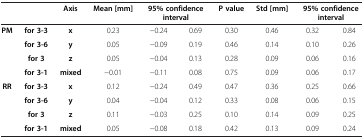
<table><thead><tr><td>[EMPTY_CELL]</td><td>[EMPTY_CELL]</td><td><b>Axis</b></td><td><b>Mean [mm]</b></td><td colspan="2"><b>95% confidence interval</b></td><td><b>P value</b></td><td><b>Std [mm]</b></td><td colspan="2"><b>95% confidence interval</b></td></tr></thead><tbody><tr><td><b>PM</b></td><td><b>for 3-3</b></td><td><b>x</b></td><td>0.23</td><td>−0.24</td><td>0.69</td><td>0.30</td><td>0.46</td><td>0.32</td><td>0.84</td></tr><tr><td>[EMPTY_CELL]</td><td><b>for 3-6</b></td><td><b>y</b></td><td>0.05</td><td>−0.09</td><td>0.19</td><td>0.46</td><td>0.14</td><td>0.10</td><td>0.26</td></tr><tr><td>[EMPTY_CELL]</td><td><b>for 3</b></td><td><b>z</b></td><td>0.05</td><td>−0.04</td><td>0.13</td><td>0.28</td><td>0.09</td><td>0.06</td><td>0.16</td></tr><tr><td>[EMPTY_CELL]</td><td><b>for 3-1</b></td><td><b>mixed</b></td><td>−0.01</td><td>−0.11</td><td>0.08</td><td>0.75</td><td>0.09</td><td>0.06</td><td>0.17</td></tr><tr><td><b>RR</b></td><td><b>for 3-3</b></td><td><b>x</b></td><td>0.12</td><td>−0.24</td><td>0.49</td><td>0.47</td><td>0.36</td><td>0.25</td><td>0.66</td></tr><tr><td>[EMPTY_CELL]</td><td><b>for 3-6</b></td><td><b>y</b></td><td>0.04</td><td>−0.04</td><td>0.12</td><td>0.33</td><td>0.08</td><td>0.06</td><td>0.15</td></tr><tr><td>[EMPTY_CELL]</td><td><b>for 3</b></td><td><b>z</b></td><td>0.11</td><td>−0.03</td><td>0.25</td><td>0.10</td><td>0.14</td><td>0.09</td><td>0.25</td></tr><tr><td>[EMPTY_CELL]</td><td><b>for 3-1</b></td><td><b>mixed</b></td><td>0.05</td><td>−0.08</td><td>0.18</td><td>0.42</td><td>0.13</td><td>0.09</td><td>0.24</td></tr></tbody></table>